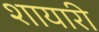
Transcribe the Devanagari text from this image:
शायारी